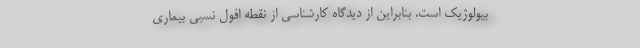
بیولوژیک است. بنابراین از دیدگاه کارشناسی از نقطه افول نسبی بیماری